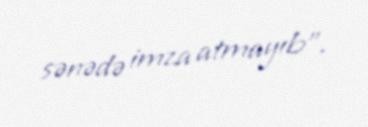
sənədə imza atmayıb”.